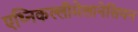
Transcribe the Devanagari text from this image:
एथ्निकल्लीमेलानेसियन